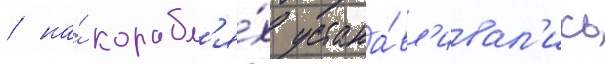
/ на́ корабл'я́х устана́вл'ивал'ись